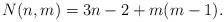
LaTeX: \begin{align*}N(n,m) = 3n-2 + m(m-1).\end{align*}